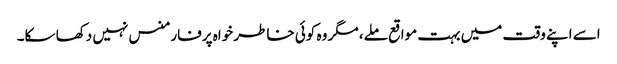
اسے اپنے وقت میں بہت مواقع ملے، مگر وہ کوئی خاطر خواہ پرفارمنس نہیں دکھا سکا۔